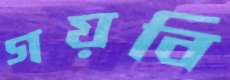
গয়বি